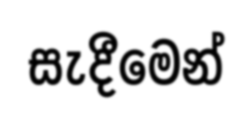
සැදීමෙන්